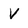
Character: v